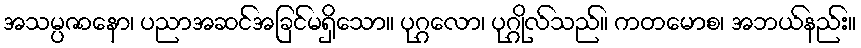
အသမ္ပဇာနော၊ ပညာအဆင်အခြင်မရှိသော။ ပုဂ္ဂလော၊ ပုဂ္ဂိုလ်သည်။ ကတမောစ၊ အဘယ်နည်း။